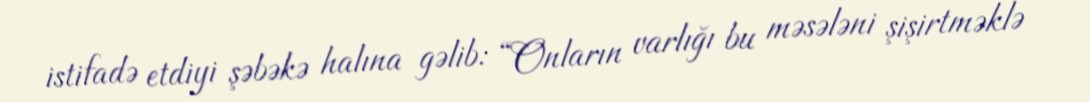
istifadə etdiyi şəbəkə halına gəlib: “Onların varlığı bu məsələni şişirtməklə